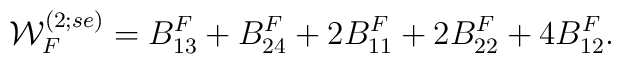
{\cal W}^{(2;se)}_F=B_{13}^F +B_{24}^F +2B_{11}^F +2B_{22}^F +4B_{12}^F.